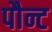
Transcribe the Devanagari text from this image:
पौन्ट